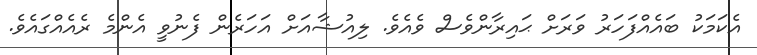
އެކަމަކު ބައެއްފަހަރު ވަރަށް ޙައިރާންވެސް ވެއެވެ. ލިއުޝާއަށް އަހަރެން ފެނުވީ އެންމެ ރެއެއްގައެވެ.